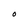
Character: O